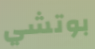
بوتشي